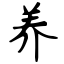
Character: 养